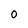
Character: O